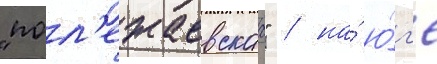
"пол'ежаевскаа" / на́ ю́г'е